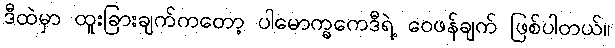
ဒီထဲမှာ ထူးခြားချက်ကတော့ ပါမောက္ခကေဒီရဲ့ ဝေဖန်ချက် ဖြစ်ပါတယ်။